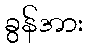
ခွန်အား